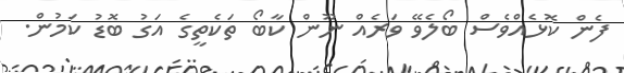
ފެން ކޮޅެއްވެސް ބޯލެވޭ ވަރެއް ނޫން ކާބޯ ތަކެތީގެ އަގު ބޮޑު ކަމުން.